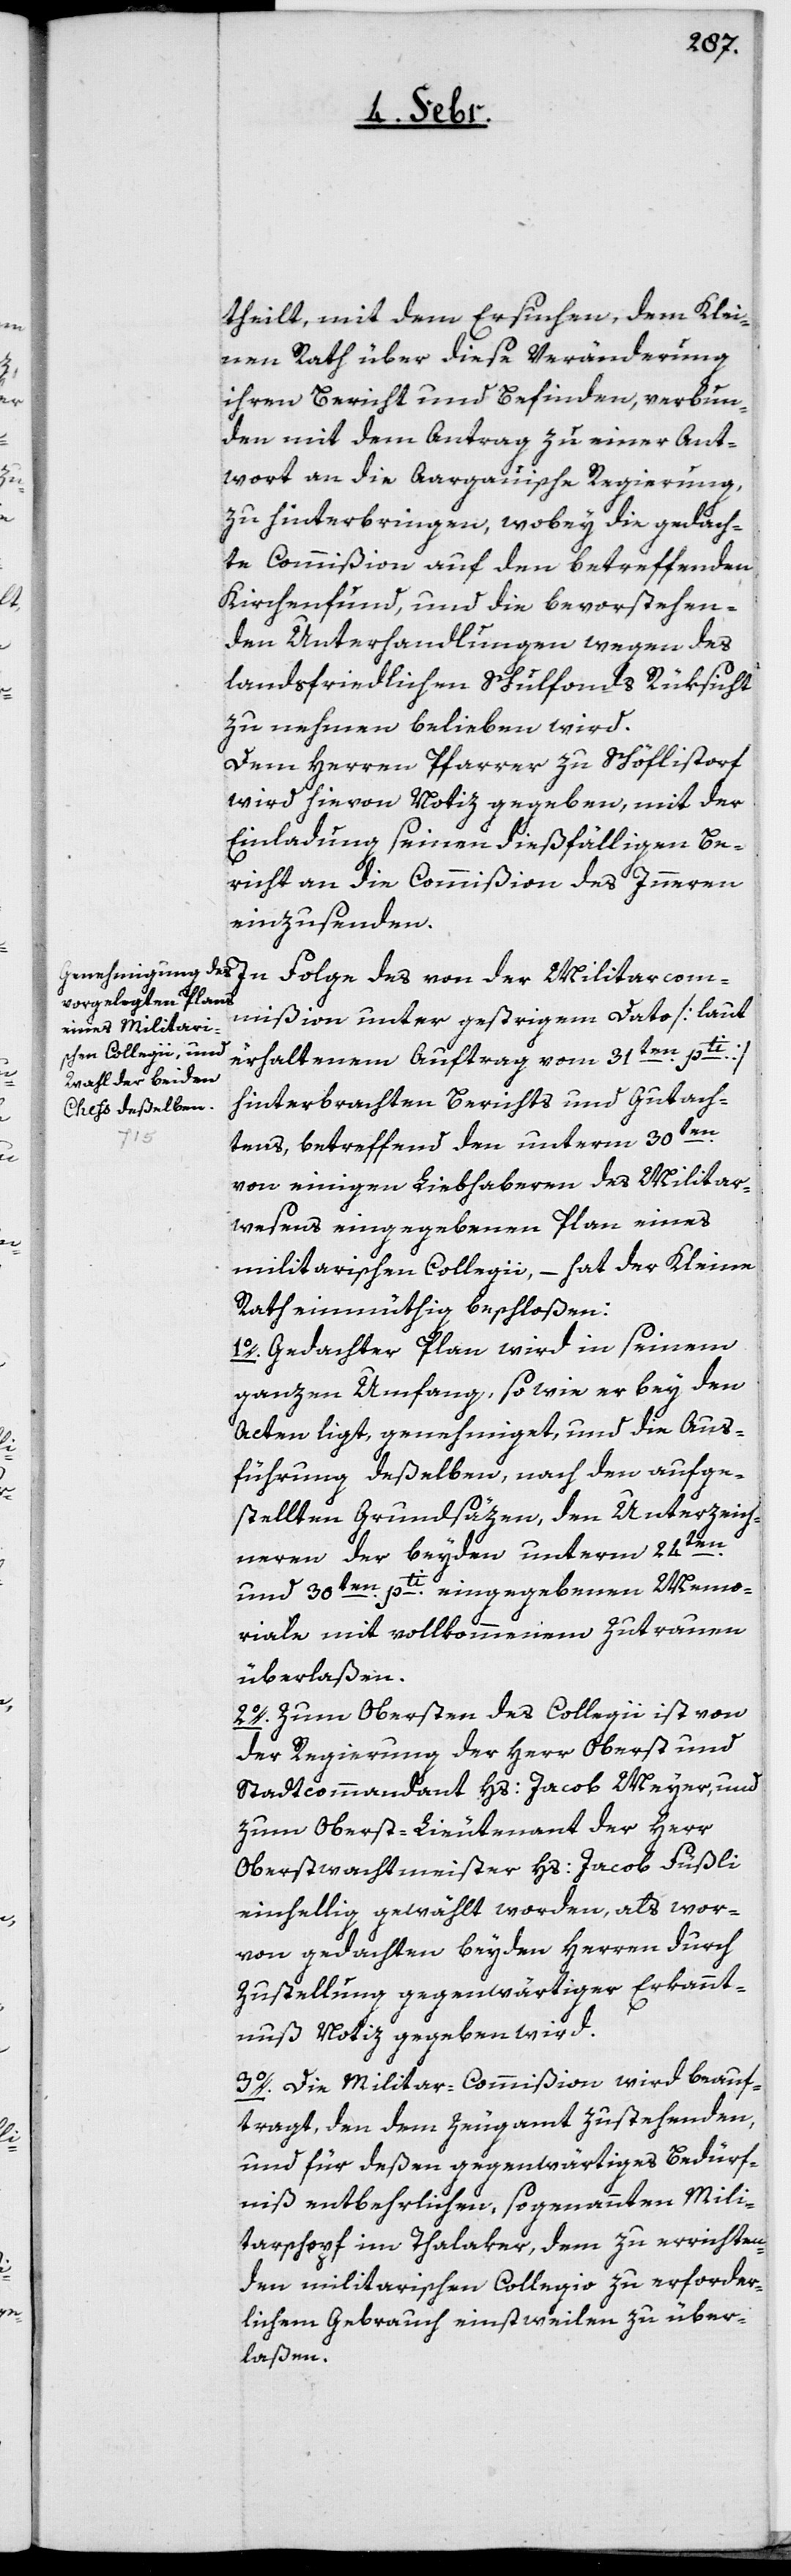
theilt, mit dem Ersuchen, dem Klei¬
nen Rath über diese Veränderung
ihren Bericht und Befinden, verbun¬
den mit dem Antrag zu einer Ant¬
wort an die Aargauische Regierung,
zu hinterbringen, wobey die gedach¬
te Commißion auf den betreffenden
Kirchenfund, und die bevorstehen¬
den Unterhandlungen wegen des
landsfriedlichen Schulfonds Rücksicht
zu nehmen belieben wird.
Dem Herrn Pfarrer zu Schöfflistorf
wird hievon Notiz gegeben, mit der
Einladung, seinen dießfälligen Be¬
richt an die Commißion des Innern
einzusenden.
mmißion unter gestrigem Dato [laut
der Militairco¬
erhaltenem Auftrag vom 31ten. pti.]
hinterbrachten Berichts und Gutach¬
tens, betreffend den unterm 30ten.
von einigen Liebhaberen des Militar¬
wesens eingegebenen Plan eines
militarischen Collegii, – hat der Kleine
Rath einmüthig beschloßen:
1o. Gedachter Plan wird in seinem
ganzen Umfang, so wie er bey den
Akten ligt, genehmiget, und die Aus¬
führung deßelben, nach den aufge¬
stellten Grundsäzen, den Unterzeich¬
neren der beyden unterm 24ten.
und 30ten. pti. eingegebenen Memo¬
riale mit vollkommenem Zutrauen
überlaßen.
2o. Zum Obersten des Collegii ist von
der Regierung der Herr Oberst und
Stadtcommandant Hs: Jacob Meyer, und
zum Oberst-Lieutenant der Herr
Oberstwachtmeister Hs. Jacob Füßli
einhellig gewählt worden, als wor¬
von gedachten beyden Herren durch
Zustellung gegenwärtiger Erkannt¬
nuß Notiz gegeben wird.
3o. Die Militar-Commißion wird beauf¬
tragt, den dem Zeugamt zustehenden,
und für deßen gegenwärtiges Bedürf¬
niß entbehrlichen, sogenannten Mili¬
tarschopf im Thalaker, dem zu errichten¬
den militarischen Collegio zu erforder¬
lichem Gebrauch einstweilen zu über¬
laßen.